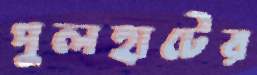
পুলহাটের